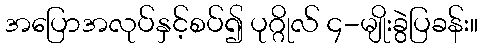
အပြောအလုပ်နှင့်စပ်၍ ပုဂ္ဂိုလ် ၄-မျိုးခွဲပြခန်း။